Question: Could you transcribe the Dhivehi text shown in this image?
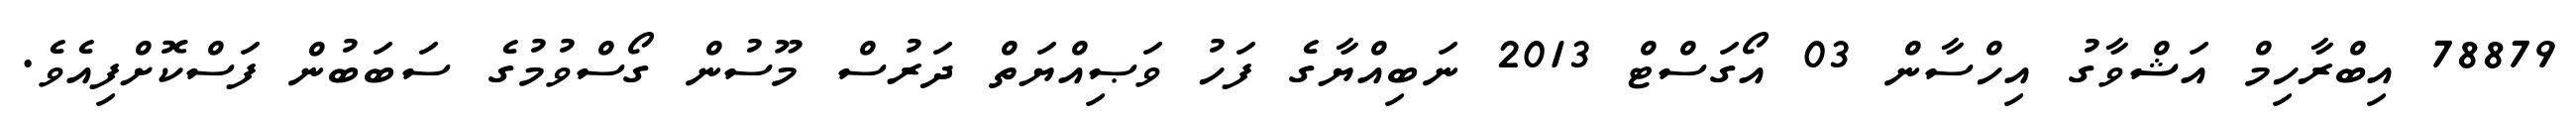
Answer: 78879 އިބްރާހިމް އަޝްވާގު އިހްސާން 03 އޯގަސްޓް 2013 ނަބިއްޔާގެ ފަހު ވަޞިއްޔަތް ދަރުސް މޫސުން ގޯސްވުމުގެ ސަބަބުން ފަސްކޮށްފިއެވެ.